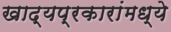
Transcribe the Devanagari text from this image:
खाद्यप्रकारांमध्ये